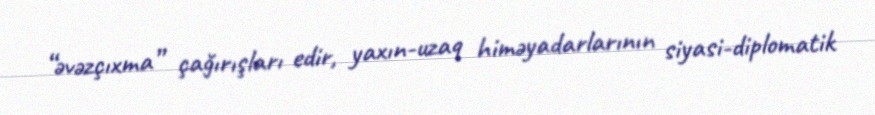
“əvəzçıxma” çağırışları edir, yaxın-uzaq himəyadarlarının siyasi-diplomatik